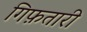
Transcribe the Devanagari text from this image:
गिफ़तारी